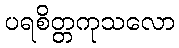
ပရစိတ္တကုသလော